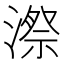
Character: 漈